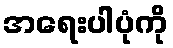
အရေးပါပုံကို